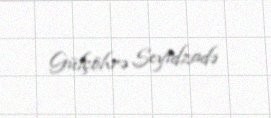
Gülçöhrə Seyidzadə